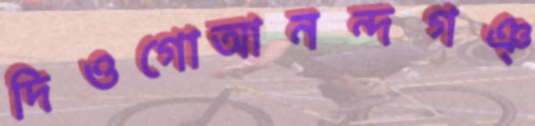
দিওগোআনন্দগঞ্